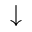
\downarrow